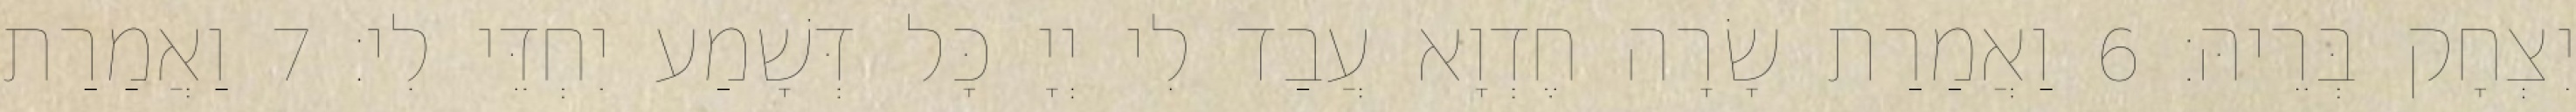
יִצְחָק בְּרֵיהּ׃ 6 וַאֲמַרַת שָׂרָה חֶדְוָא עֲבַד לִי יְיָ כָּל דְּשָׁמַע יִחְדֵּי לִי׃ 7 וַאֲמַרַת